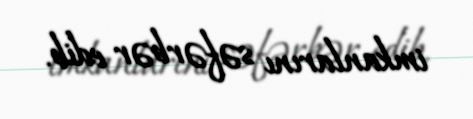
imkanlarını səfərbər edib.